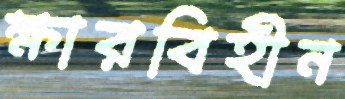
ক্ষারবিহীন